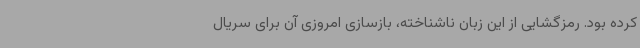
کرده بود. رمزگشایی از این زبان ناشناخته، بازسازی امروزی آن برای سریال